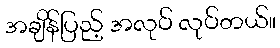
အချိန်ပြည့် အလုပ် လုပ်တယ်။